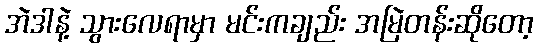
အဲဒါနဲ့ သွားလေရာမှာ မင်းကချည်း အမြဲတန်းဆိုတော့